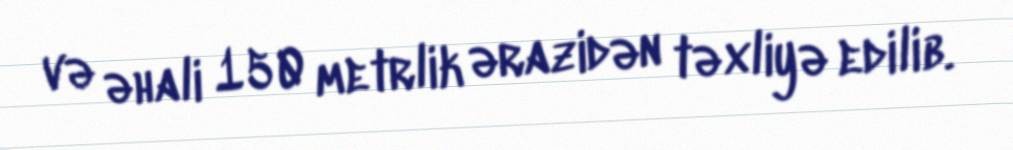
və əhali 150 metrlik ərazidən təxliyə edilib.